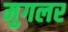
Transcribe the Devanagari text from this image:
मुगलर